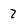
Character: 7